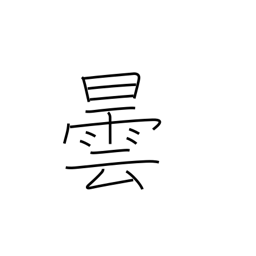
Meaning: cloud up